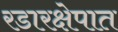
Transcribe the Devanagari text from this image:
रडारक्षेपात